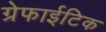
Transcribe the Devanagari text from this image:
ग्रेफाईटिक